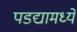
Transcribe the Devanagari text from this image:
पडद्यामध्ये